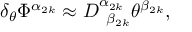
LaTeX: \delta _ { \theta } \Phi ^ { \alpha _ { 2 k } } \approx D _ { \; \; \beta _ { 2 k } } ^ { \alpha _ { 2 k } } \theta ^ { \beta _ { 2 k } } ,